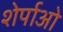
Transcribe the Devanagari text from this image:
शेर्पाओ